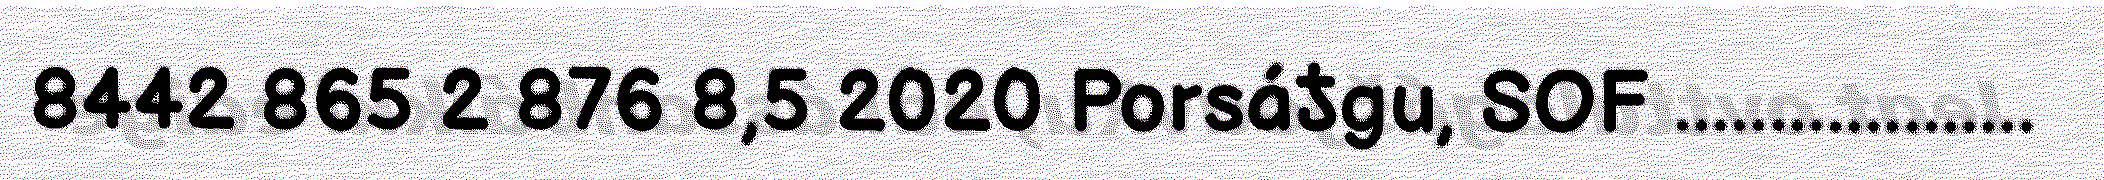
8442 865 2 876 8,5 2020 Porsáƾgu, SOF ...................